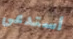
أستدعى